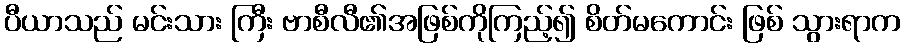
ပီယာသည် မင်းသား ကြီး ဗာစီလီ၏အဖြစ်ကိုကြည့်၍ စိတ်မကောင်း ဖြစ် သွားရာက